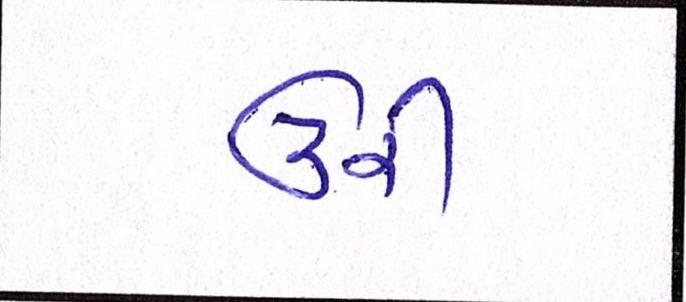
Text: ઉરી